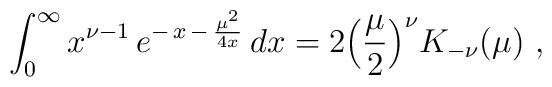
\int_0^\infty x^{\nu -1} \, e^{-\,x \,-\,{\mu^2\over 4x}} \, dx =2\Big({\mu\over 2}\Big)^\nu K_{-\nu}(\mu) \ ,